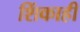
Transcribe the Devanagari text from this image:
शिंकाही